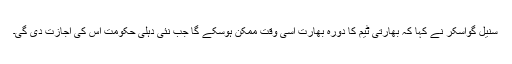
سنیل گواسکر نے کہا کہ بھارتی ٹیم کا دورہ بھارت اسی وقت ممکن ہوسکے گا جب نئی دہلی حکومت اس کی اجازت دی گی۔